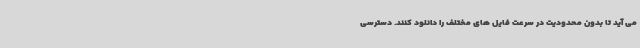
می آید تا بدون محدودیت در سرعت فایل های مختلف را دانلود کنند. دسترسی